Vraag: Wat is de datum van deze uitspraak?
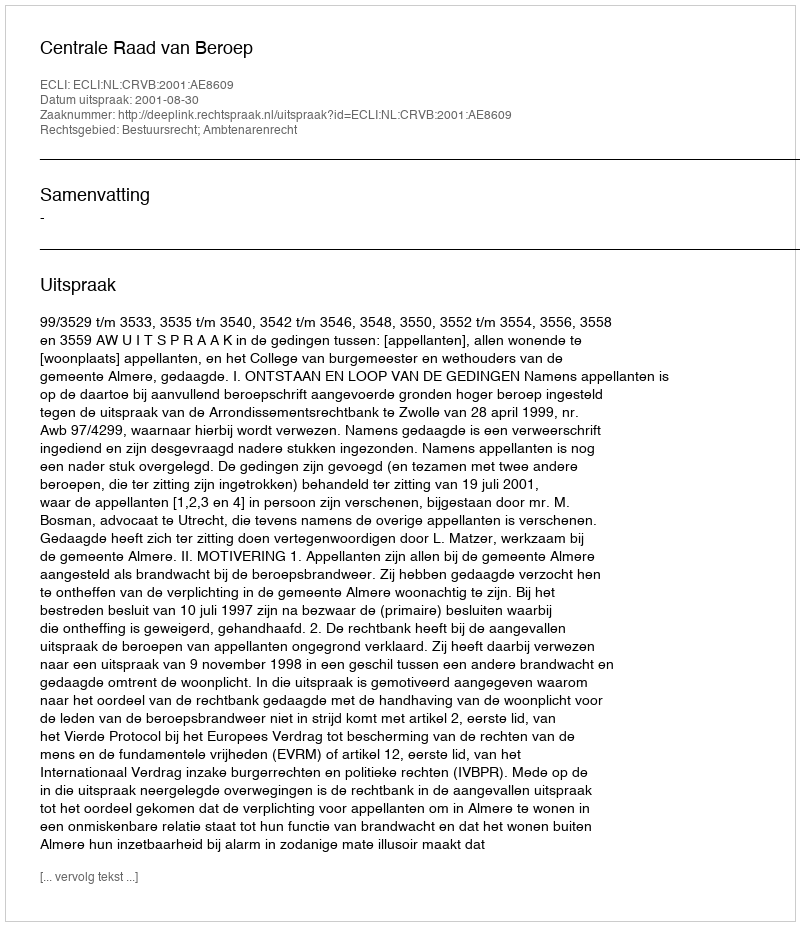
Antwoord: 2001-08-30